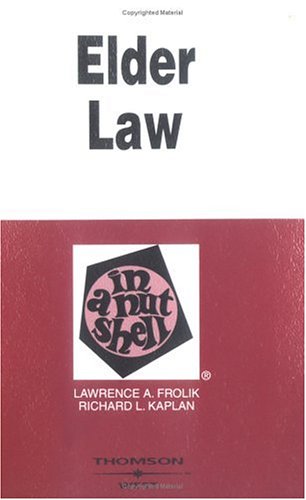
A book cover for Elder Law in a Nutshell (Nutshell Series); Lawrence A. Frolik; Law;